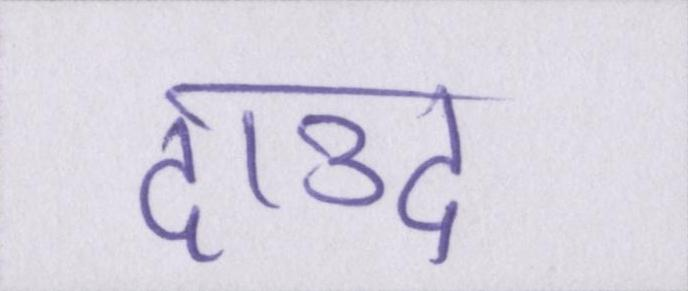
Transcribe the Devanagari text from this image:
दाउद